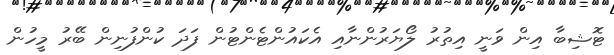
ޓޮޝިބާ އިން ވަނީ އިތުރު ލޯޔަރުންނާއި އެކައުންޓެންޓުން ފަދަ ކުންފުނިން ބޭރު މީހުން